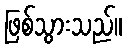
ဖြစ်သွားသည်။